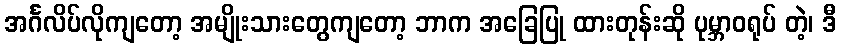
အင်္ဂလိပ်လိုကျတော့ အမျိုးသားတွေကျတော့ ဘာက အခြေပြု ထားတုန်းဆို ပုမ္ဘာဝရုပ် တဲ့၊ ဒီ